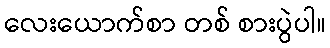
လေးယောက်စာ တစ် စားပွဲပါ။